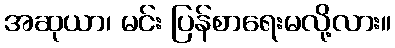
အဆုယာ၊ မင်း ပြန်စာရေးမလို့လား။